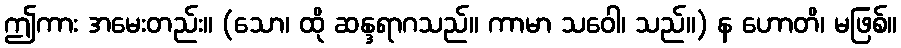
ဤကား အမေးတည်း။ (သော၊ ထို ဆန္ဒရာဂသည်။ ကာမာ သဝေါ၊ သည်။) န ဟောတိ၊ မဖြစ်။